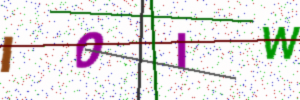
Text: IOIW